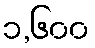
၁,၆၀၀